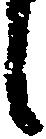
し